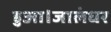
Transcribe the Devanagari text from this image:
हुआ।जालंधर